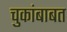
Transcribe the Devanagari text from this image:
चुकांबाबत